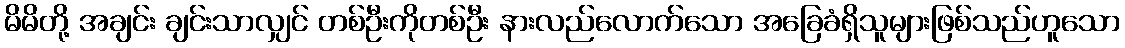
မိမိတို့ အချင်း ချင်းသာလျှင် တစ်ဦးကိုတစ်ဦး နားလည်လောက်သော အခြေခံရှိသူများဖြစ်သည်ဟူသော